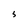
Character: S